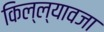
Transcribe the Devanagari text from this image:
किल्ल्यावजा